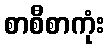
စာစီစာကုံး